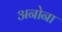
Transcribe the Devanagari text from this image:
अनोना